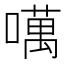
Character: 噧